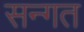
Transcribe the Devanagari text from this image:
सन्गत